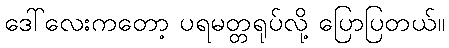
ဒေါ်လေးကတော့ ပရမတ္တရုပ်လို့ ပြောပြတယ်။